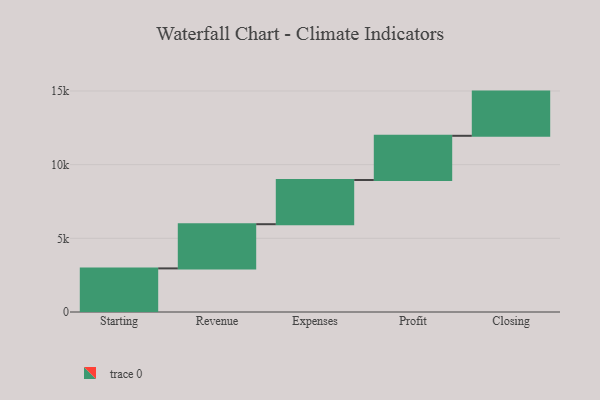
{"axis": {"x": "Step", "y": "Value"}, "legend": [""], "data": [{"x": "Starting", "y": 2959.0, "type": ""}, {"x": "Revenue", "y": 3000, "type": ""}, {"x": "Expenses", "y": 3000, "type": ""}, {"x": "Profit", "y": 3000, "type": ""}, {"x": "Closing", "y": 3000, "type": ""}]}